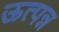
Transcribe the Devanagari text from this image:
ऊत्पन्न